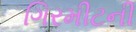
ગિરમીટની